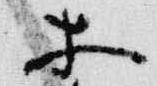
等